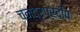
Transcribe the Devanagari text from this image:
चन्द्रप्रदीप